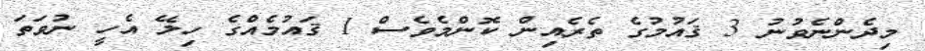
މިދެންނެވުނު 3 ޤައުމުގެ ތެރެއިން ކޮންމެވެސް 1 ޤައުމެއްގެ ހިލޭ އެހީ ނުވަތަ